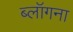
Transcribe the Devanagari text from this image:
ब्लॉगना